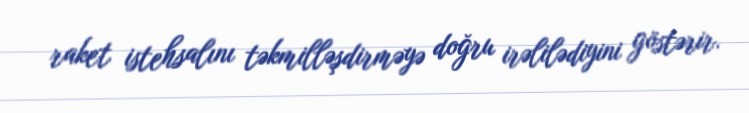
raket istehsalını təkmilləşdirməyə doğru irəlilədiyini göstərir.